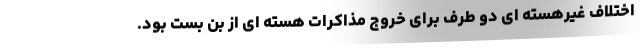
اختلاف غیرهسته ای دو طرف برای خروج مذاکرات هسته ای از بن بست بود.